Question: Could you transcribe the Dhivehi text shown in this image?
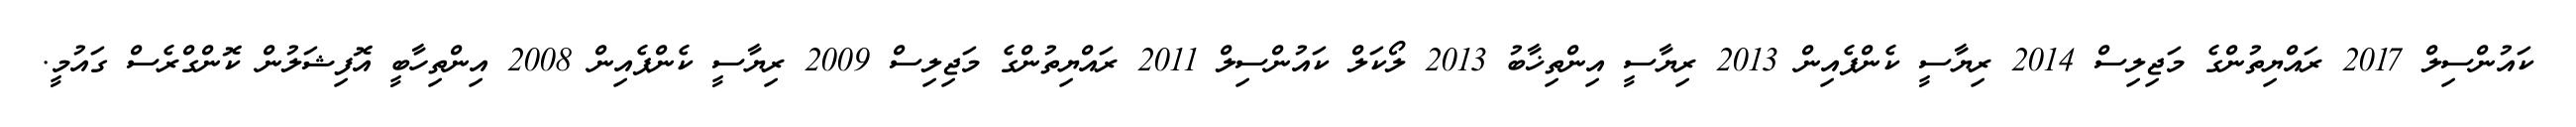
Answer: ކައުންސިލް 2017 ރައްޔިތުންގެ މަޖިލިސް 2014 ރިޔާސީ ކެންޕެއިން 2013 ރިޔާސީ އިންތިޚާބު 2013 ލޯކަލް ކައުންސިލް 2011 ރައްޔިތުންގެ މަޖިލިސް 2009 ރިޔާސީ ކެންޕެއިން 2008 އިންތިހާބީ އޮފިޝަލުން ކޮންގްރެސް ގައުމީ.